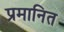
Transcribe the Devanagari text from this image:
प्रमानित